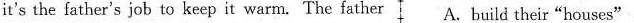
it's the father's job to keep it warm. The father A. build their"houses"